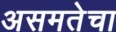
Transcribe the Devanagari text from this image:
असमतेचा